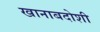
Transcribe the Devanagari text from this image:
खानाबदोशी